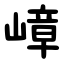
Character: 嶂